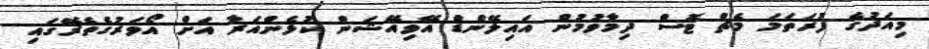
މިއަދުގެ ފުރަތަމަ މެޗް ޓޮސް ދިމާވުމުން އައިލޭންޑް އޭވިއޭޝަން ކުޅެންއަރާ އަށް އޯވަރުގެތެރޭގައި